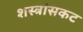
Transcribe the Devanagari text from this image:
शस्त्रांसकट